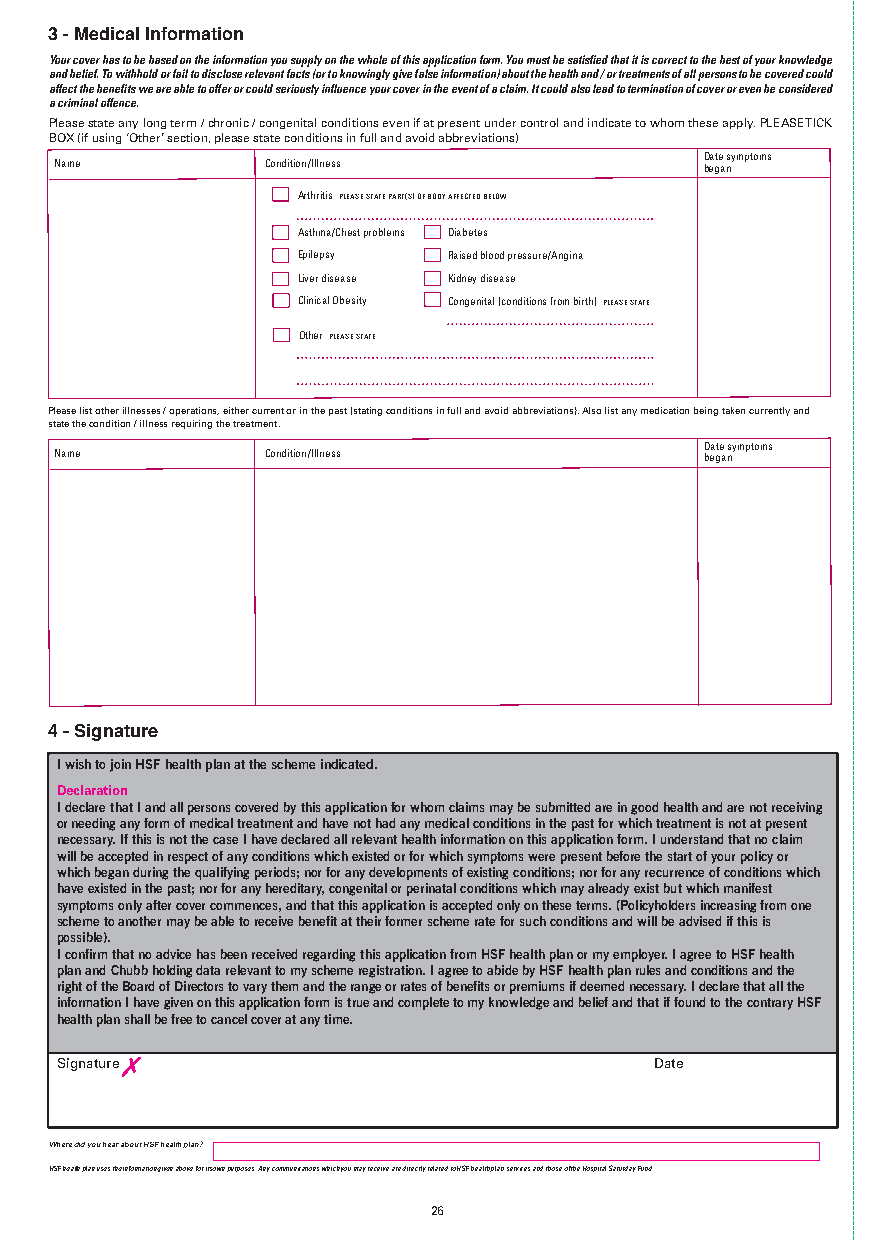
MD009 HSF UK Direct Full Brochure App Aug 2019.qxp_A5 brochure 09/08/2019 16:37 Page 26
 3 - Medical Information
 Your cover has to be based on the information you supply on the whole of this application form. You must be satisfied that it is correct to the best of your knowledge
 and belief. To withhold or fail to disclose relevant facts (or to knowingly give false information) about the health and / or treatments of all persons to be covered could
 affect the benefits we are able to offer or could seriously influence your cover in the event of a claim. It could also lead to termination of cover or even be considered
 a criminal offence.
 Please state any long term / chronic / congenital conditions even if at present under control and indicate to whom these apply. PLEASE TICK
 BOX (if using ‘Other’ section, please state conditions in full and avoid abbreviations)
 Date symptoms
 Name         Condition / Illness          began
 Arthritis PLEASE STATE PART(S) OF BODY AFFECTED BELOW
 Asthma / Chest problems Diabetes
 Epilepsy  Raised blood pressure /Angina
 Liver disease Kidney disease
 Clinical Obesity Congenital (conditions from birth) PLEASE STATE
 Other PLEASE STATE
 Please list other illnesses / operations, either current or in the past (stating conditions in full and avoid abbreviations). Also list any medication being taken currently and
 state the condition / illness requiring the treatment.
 Date symptoms
 Name         Condition / Illness          began
 4 - Signature
 I wish to join HSF health plan at the scheme indicated.
 Declaration
 I declare that I and all persons covered by this application for whom claims may be submitted are in good health and are not receiving
 or needing any form of medical treatment and have not had any medical conditions in the past for which treatment is not at present
 necessary. If this is not the case I have declared all relevant health information on this application form. I understand that no claim
 will be accepted in respect of any conditions which existed or for which symptoms were present before the start of your policy or
 which began during the qualifying periods; nor for any developments of existing conditions; nor for any recurrence of conditions which
 have existed in the past; nor for any hereditary, congenital or perinatal conditions which may already exist but which manifest
 symptoms only after cover commences, and that this application is accepted only on these terms. (Policyholders increasing from one
 scheme to another may be able to receive benefit at their former scheme rate for such conditions and will be advised if this is
 possible).
 I confirm that no advice has been received regarding this application from HSF health plan or my employer. I agree to HSF health
 plan and Chubb holding data relevant to my scheme registration. I agree to abide by HSF health plan rules and conditions and the
 right of the Board of Directors to vary them and the range or rates of benefits or premiums if deemed necessary. I declare that all the
 information I have given on this application form is true and complete to my knowledge and belief and that if found to the contrary HSF
 health plan shall be free to cancel cover at any time.
 ✗
 Signature                              Date
 Where did you hear about HSF health plan?
 HSF health plan uses the information given above for its own purposes. Any communications which you may receive are directly related to HSF health plan services and those of the Hospital Saturday Fund.
 26